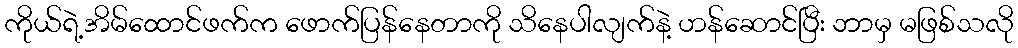
ကိုယ်ရဲ့အိမ်ထောင်ဖက်က ဖောက်ပြန်နေတာကို သိနေပါလျက်နဲ့ ဟန်ဆောင်ပြီး ဘာမှ မဖြစ်သလို